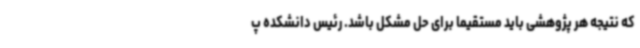
که نتیجه هر پژوهشی باید مستقیما برای حل مشکل باشد. رئیس دانشکده پ